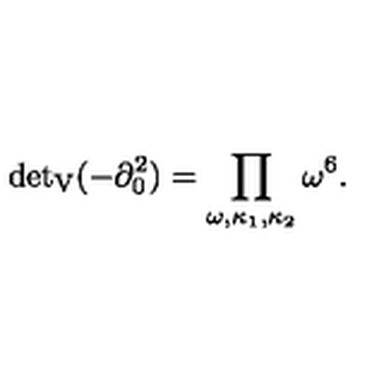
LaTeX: { \det } _ { \mathrm { V } } ( - \partial _ { 0 } ^ { 2 } ) = \prod _ { \omega , \kappa _ { 1 } , \kappa _ { 2 } } \omega ^ { 6 } .